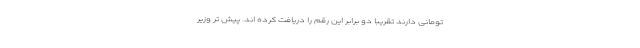
تومانی دارند تقریبا دو برابر این رقم را دریافت کرده اند. پیش تر وزیر